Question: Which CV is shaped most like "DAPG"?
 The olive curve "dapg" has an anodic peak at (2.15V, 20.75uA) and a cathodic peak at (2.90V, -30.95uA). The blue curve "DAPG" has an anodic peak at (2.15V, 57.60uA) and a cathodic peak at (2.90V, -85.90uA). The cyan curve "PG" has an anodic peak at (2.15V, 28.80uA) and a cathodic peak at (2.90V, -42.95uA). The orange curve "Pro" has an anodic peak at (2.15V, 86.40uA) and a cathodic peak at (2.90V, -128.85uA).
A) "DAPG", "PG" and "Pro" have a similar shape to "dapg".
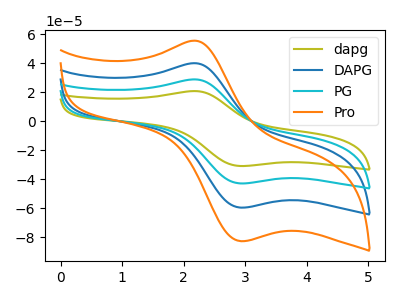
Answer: <think>All the peaks in "dapg" have a peak in "DAPG" at the same potential. Every peak in "dapg" is lower than every peak in "DAPG". All the peaks in "dapg" have a peak in "PG" at the same potential. Every peak in "dapg" is lower than every peak in "PG". All the peaks in "dapg" have a peak in "Pro" at the same potential. Every peak in "dapg" is lower than every peak in "Pro". All the peaks in "DAPG" have a peak in "PG" at the same potential. Every peak in "DAPG" is higher than every peak in "PG". All the peaks in "DAPG" have a peak in "Pro" at the same potential. Every peak in "DAPG" is lower than every peak in "Pro". All the peaks in "PG" have a peak in "Pro" at the same potential. Every peak in "PG" is lower than every peak in "Pro".
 </think>
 <answer>A) "DAPG", "PG" and "Pro" have a similar shape to "dapg".</answer>
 <eval>A</eval>